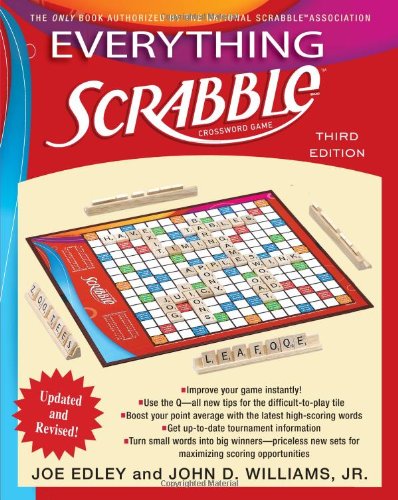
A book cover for Everything Scrabble: Third Edition; Joe Edley; Humor & Entertainment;